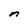
Character: n